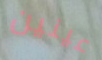
عينين